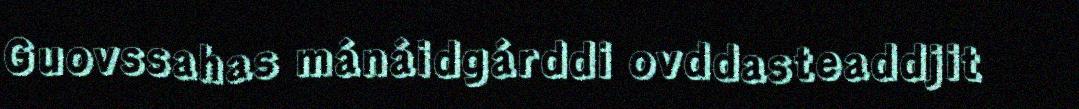
Guovssahas mánáidgárddi ovddasteaddjit